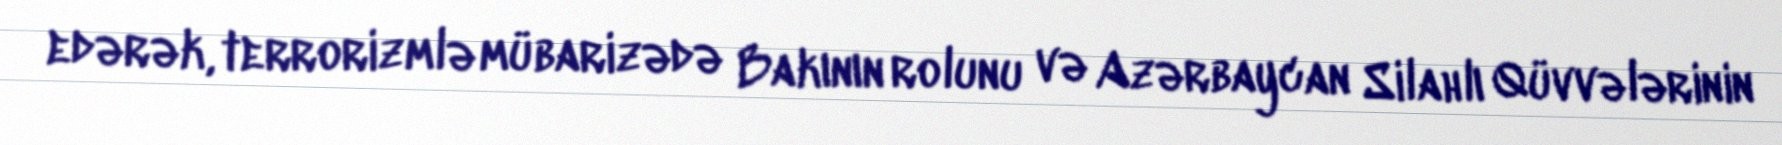
edərək, terrorizmlə mübarizədə Bakının rolunu və Azərbaycan Silahlı Qüvvələrinin